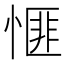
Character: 㥱